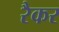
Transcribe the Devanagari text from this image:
रैकर